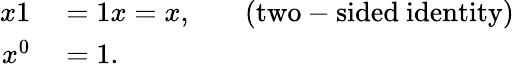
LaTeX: \begin{array}{rlrl}{x1}&{{}=1x=x,}&{}&{{}{\mathrm{(two-sided~identity)}}}\\ {x^{0}}&{{}=1.}\end{array}